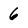
Character: 6